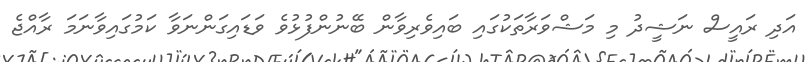
އަދި ރައީސް ނަޝީދު މި މަޝްވަރާތަކުގައި ބައިވެރިވާން ބޭނުންފުޅުވެ ވަޑައިގަންނަވާ ކަމުގައިވާނަމަ ރާއްޖެ